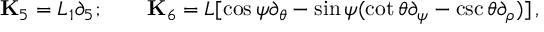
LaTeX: { \bf K } _ { 5 } = L _ { 1 } \partial _ { 5 } ; \qquad { \bf K } _ { 6 } = L [ \cos \psi \partial _ { \theta } - \sin \psi ( \cot \theta \partial _ { \psi } - \csc \theta \partial _ { \rho } ) ] \, ,